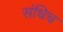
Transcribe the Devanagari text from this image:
संधिच